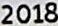
2018